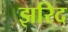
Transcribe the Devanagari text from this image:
झरिद